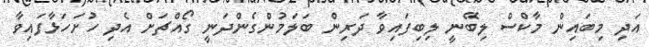
އަދި މިބައިން މާކްސް ލިބޭނީ ލިބިފައިވާ ދަރިން ބަލަމުންގެންދަނީ ގޯއްޗަށް އެދި ހުށަހަޅާފައިވާ